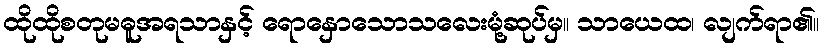
ထိုထိုစတုမဓူအရသာနှင့် ရောနှောသောသလေးမုံ့ဆုပ်မှ။ သာယေထ၊ လျက်ရာ၏။